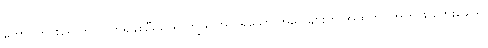
ထောင်တွင်းရောက် ပညာရှိနှစ်ဦးသည် ကျွန်ုပ်အလိုရှိသော အဖြေများကို အထက်ပါအတိုင်း တွေးခေါ်၍